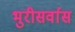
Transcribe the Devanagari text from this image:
भुरीसर्वास